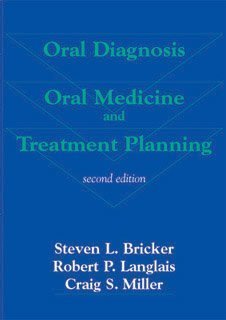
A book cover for Oral Diagnosis, Oral Medicine and Treatment Planning; Steven L. Bricker; Medical Books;